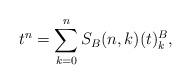
LaTeX: \begin{align*} t^n = \sum_{k=0}^{n} S_B(n,k)(t)_k^B,\end{align*}